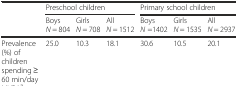
|  | <COLSPAN=3> Preschool children | <COLSPAN=3> Primary school children |
 |  | Boys N = 804 | Girls N = 708 | All N = 1512 | Boys N =1402 | Girls N = 1535 | All N = 2937 |
 | --- | --- | --- | --- | --- | --- | --- |
 | Prevalence (%) of children spending ≥ 60 min/day MVPAa | 25.0 | 10.3 | 18.1 | 30.6 | 10.5 | 20.1 |